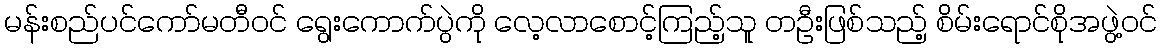
မန်းစည်ပင်ကော်မတီဝင် ရွေးကောက်ပွဲကို လေ့လာစောင့်ကြည့်သူ တဦးဖြစ်သည့် စိမ်းရောင်စိုအဖွဲ့ဝင်